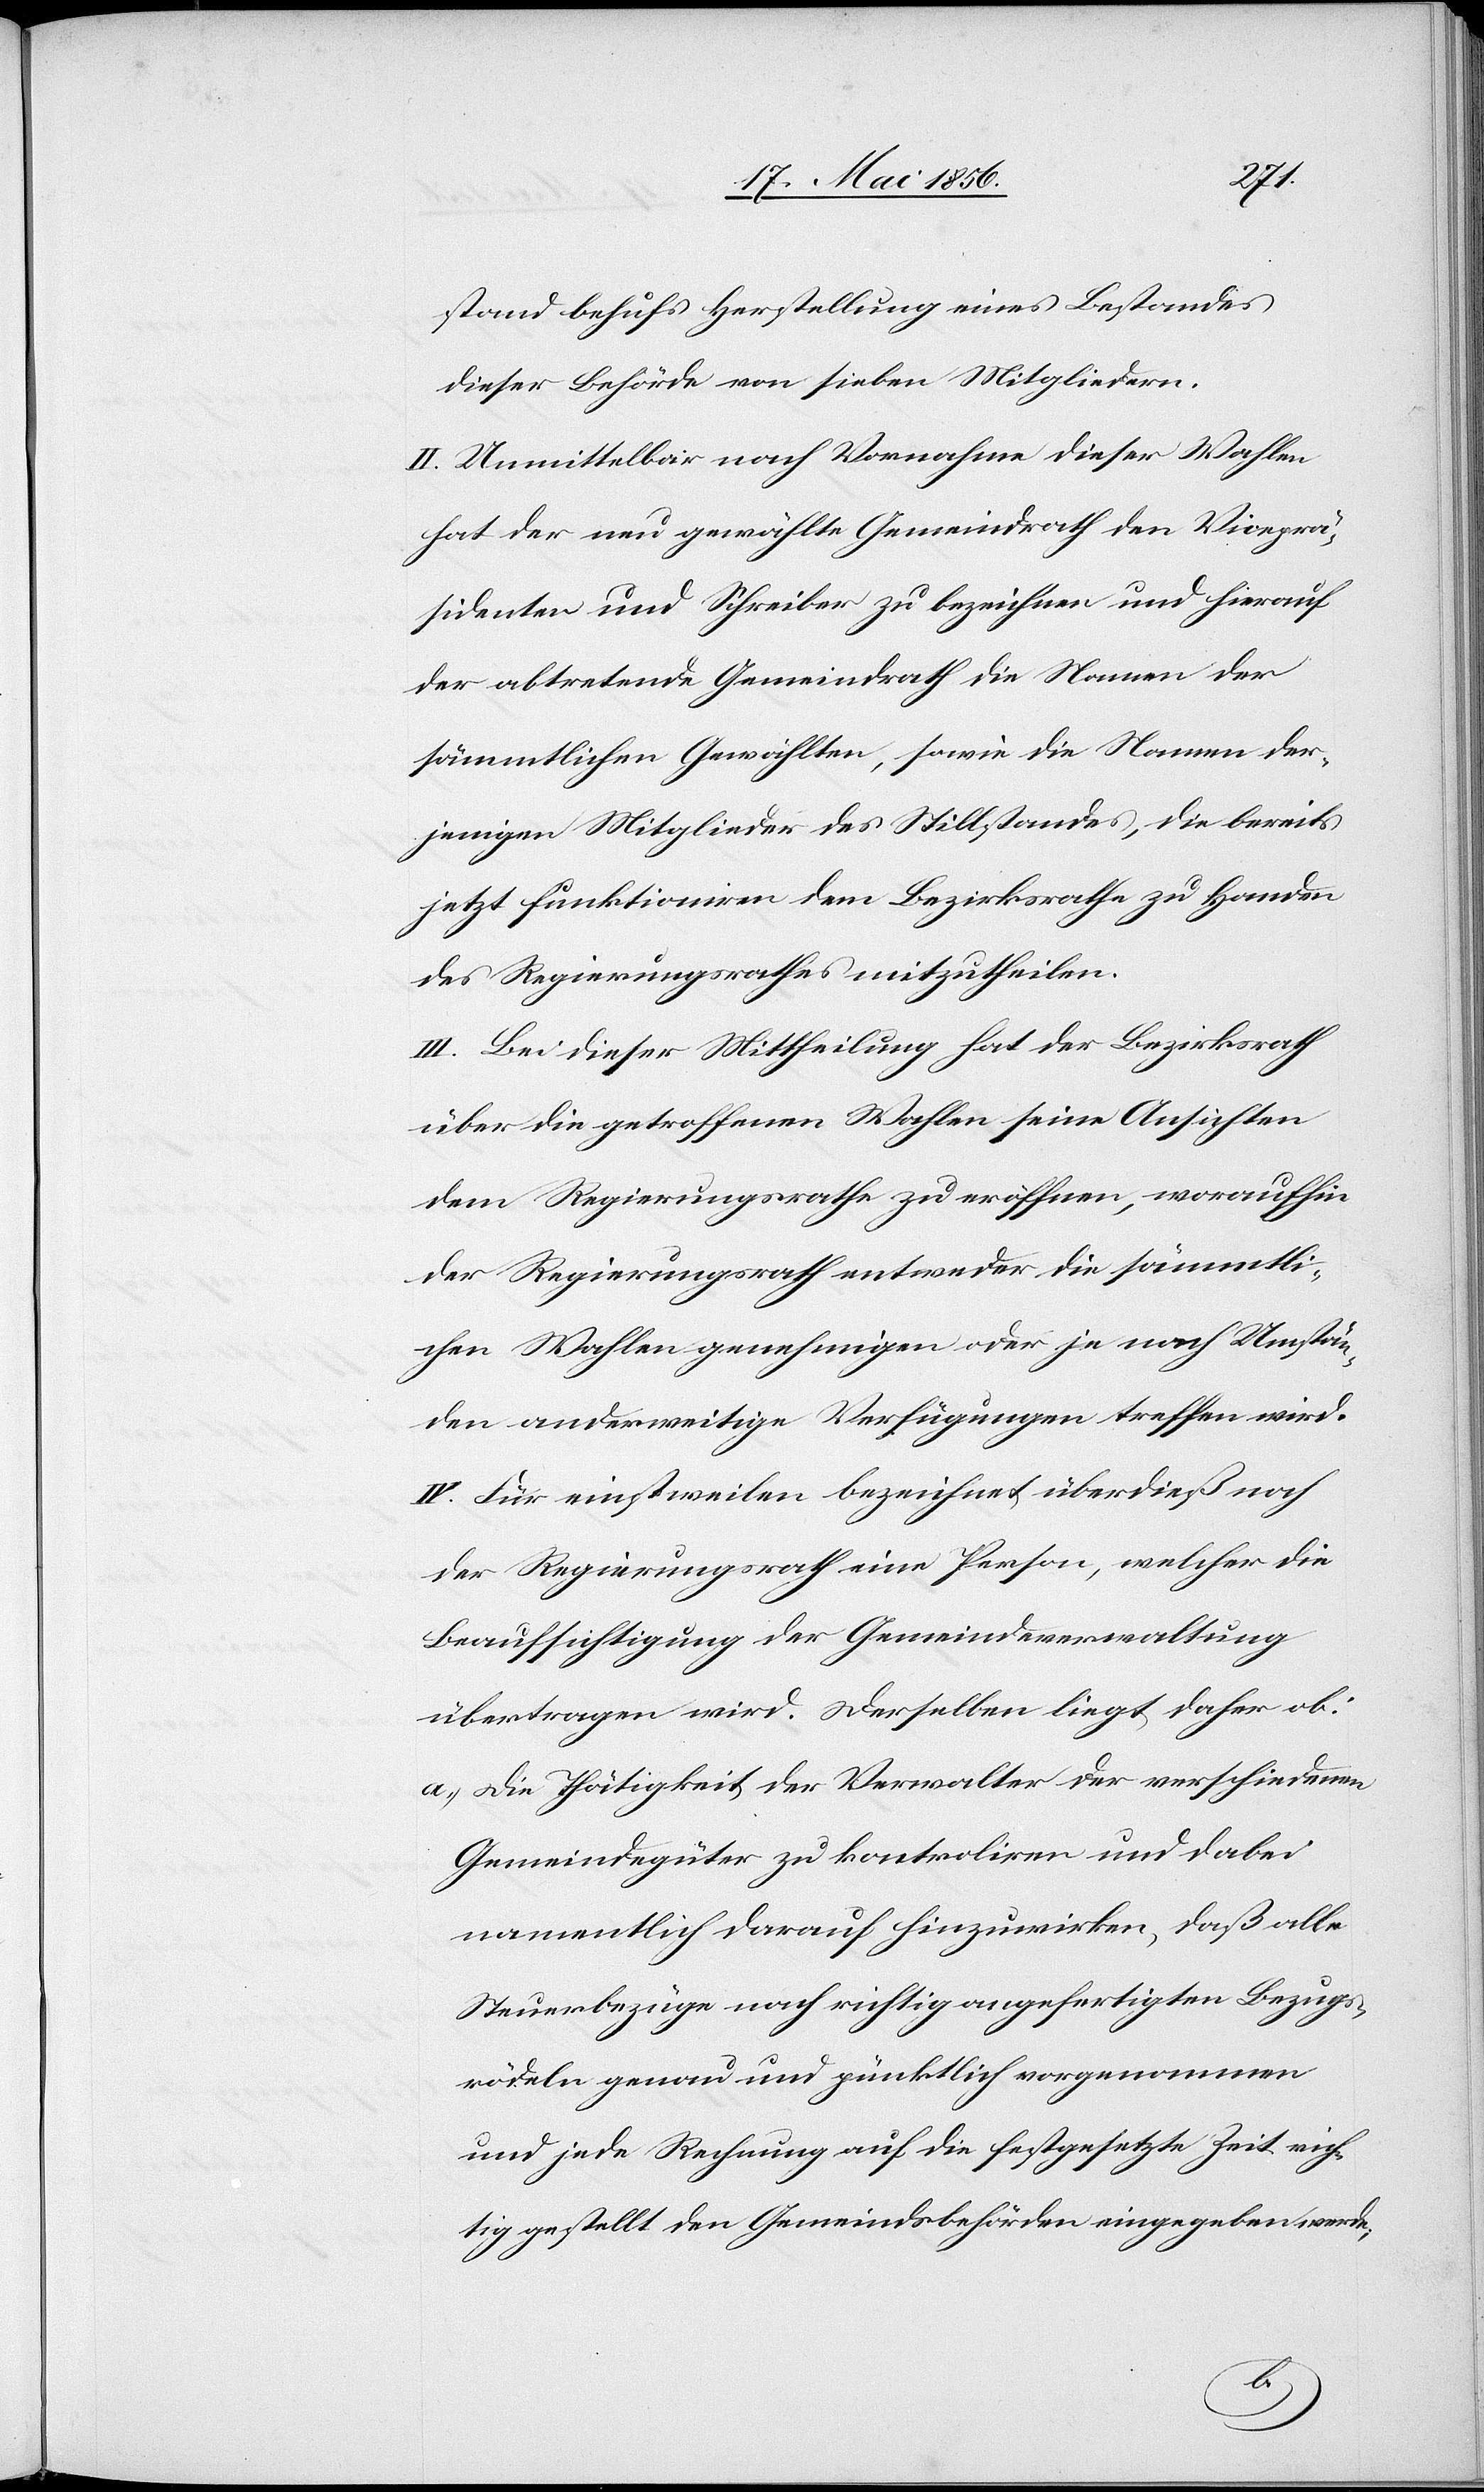
stand behufs Herstellung eines Bestandes
dieser Behörde von sieben Mitgliedern.
II. Unmittelbar nach Vornahme dieser Wahlen
hat der neu gewählte Gemeindrath den Viceprä¬
sidenten und Schreiber zu bezeichnen und hierauf
der abtretende Gemeindrath die Namen der
sämmtlichen Gewählten, sowie die Namen der¬
jenigen Mitglieder des Stillstandes, die bereits
jetzt funktioniren dem Bezirksrathe zu Handen
des Regierungsrathes mitzutheilen.
III. Bei dieser Mittheilung hat der Bezirksrath
über die getroffenen Wahlen seine Ansichten
dem Regierungsrathe zu eröffnen, woraufhin
der Regierungsrath entweder die sämmtli¬
chen Wahlen genehmigen oder je nach Umstän¬
den anderweitige Verfügungen treffen wird.
IV. Für einstweilen bezeichnet überdieß noch
der Regierungsrath eine Person, welcher die
Beaufsichtigung der Gemeindeverwaltung
übertragen wird. Derselben liegt daher ob:
a.) Die Thätigkeit der Verwalter der verschiedenen
Gemeindegüter zu kontrolieren und dabei
namentlich darauf hinzuwirken, daß alle
Steuerbezüge nach richtig angefertigten Bezugs¬
rödeln genau und pünktlich vorgenommen
und jede Rechnung auf die festgesetzte Zeit rich¬
tig gestellt den Gemeindsbehörden eingegeben werde;